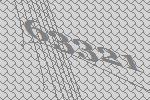
63321